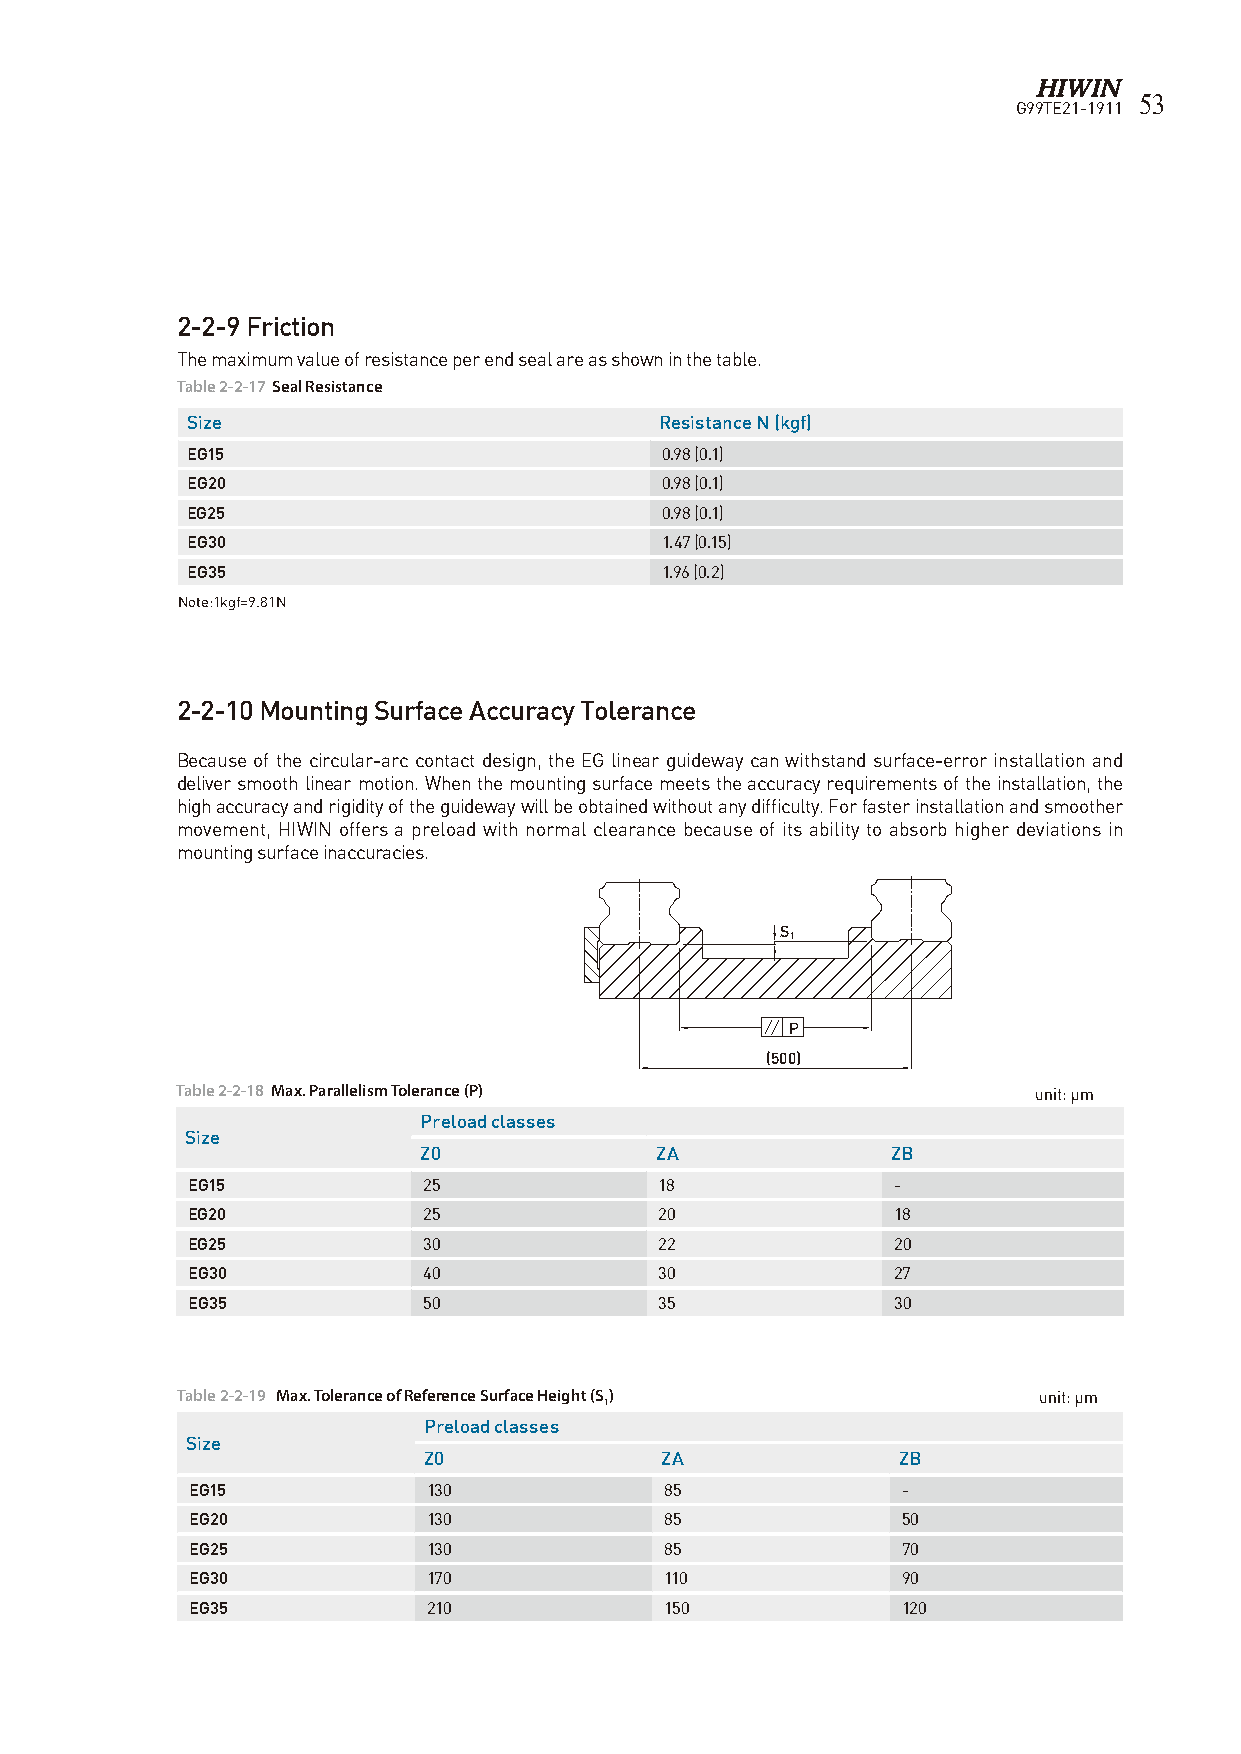
53
 G99TE21-1911
 2-2-9 Friction
 The maximum value of resistance per end seal are as shown in the table.
 Table 2-2-17 Seal Resistance
 Size                            Resistance N (kgf)
 EG15                            0.98 (0.1)
 EG20                            0.98 (0.1)
 EG25                            0.98 (0.1)
 EG30                            1.47 (0.15)
 EG35                            1.96 (0.2)
 Note:1kgf=9.81N
 2-2-10 Mounting Surface Accuracy Tolerance
 Because of the circular-arc contact design, the EG linear guideway can withstand surface-error installation and
 deliver smooth linear motion. When the mounting surface meets the accuracy requirements of the installation, the
 high accuracy and rigidity of the guideway will be obtained without any difficulty. For faster installation and smoother
 movement, HIWIN offers a preload with normal clearance because of its ability to absorb higher deviations in
 mounting surface inaccuracies.
 S
 1
 P
 (500)
 T able 2-2-18 Max. Parallelism Tolerance (P)            unit: μm
 Preload classes
 Size
 Z0             ZA              ZB
 EG15            25              18             -
 EG20            25              20             18
 EG25            30              22             20
 EG30            40              30             27
 EG35            50              35             30
 Table 2-2-19 Max. Tolerance of Reference Surface Height (S) unit: μm
 1
 Preload classes
 Size
 Z0              ZA             ZB
 EG15           130             85              -
 EG20           130             85              50
 EG25           130             85              70
 EG30           170             110             90
 EG35           210             150             120